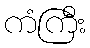
ကံကြီး